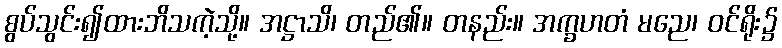
စွပ်သွင်း၍ထားဘိသကဲ့သို့။ အဋ္ဌာသိ၊ တည်၏။ တနည်း။ အက္ခဟတံ မညေ၊ ဝင်ရိုး၌